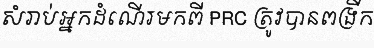
សំរាប់អ្នកដំណើរមកពី PRC ត្រូវបានពង្រីក